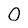
Character: 0